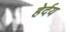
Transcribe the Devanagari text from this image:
हेर्दय